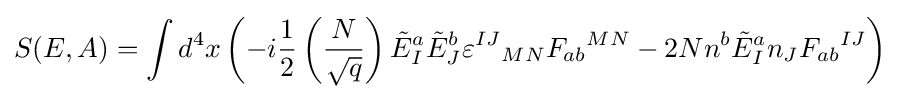
S(E,A)=\int d^{4}x\left(-i{\frac {1}{2}}\left({\frac {N}{\sqrt {q}}}\right){\tilde {E}}_{I}^{a}{\tilde {E}}_{J}^{b}{\varepsilon ^{IJ}}_{MN}{F_{ab}}^{MN}-2Nn^{b}{\tilde {E}}_{I}^{a}n_{J}{F_{ab}}^{IJ}\right)